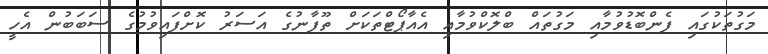
މަގުތަކުގައި ފެންބޮޑުވުމާއި މަގުތައް ބްލޮކްވުމާއި އެއާޕޯޓްތަކަށް ތޫފާނުގެ އަސަރު ކޮށްފައިވުމުގެ ސަބަބުން އެހީ